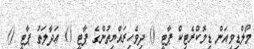
މޯލްޑިވިއަން ޑިމޮކްރެޓިކް ޕާޓީ () ދިވެހިރައްޔިތުންގެ ޕާޓީ () ޢަދާލަތު ޕާޓީ ()